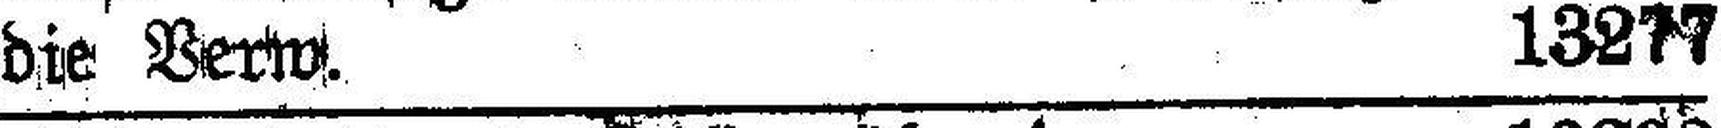
die Verw. 13277